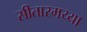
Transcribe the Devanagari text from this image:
सीतारमय्या